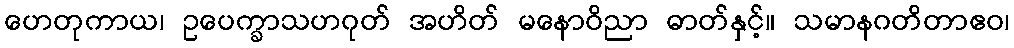
ဟေတုကာယ၊ ဥပေက္ခာသဟဂုတ် အဟိတ် မနောဝိညာ ဓာတ်နှင့်။ သမာနဂတိတာဧဝ၊